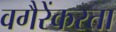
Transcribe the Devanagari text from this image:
वगैरेंकरता